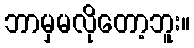
ဘာမှမလိုတော့ဘူး။